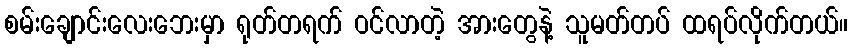
စမ်းချောင်းလေးဘေးမှာ ရုတ်တရက် ဝင်လာတဲ့ အားတွေနဲ့ သူမတ်တပ် ထရပ်လိုက်တယ်။